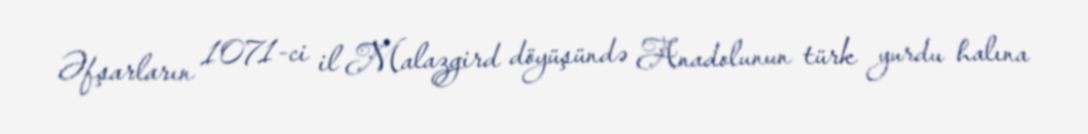
Əfşarların 1071-ci il Malazgird döyüşündə Anadolunun türk yurdu halına